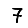
Digit: 7